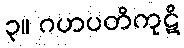
၃။ ဂဟပတိကုဋိ